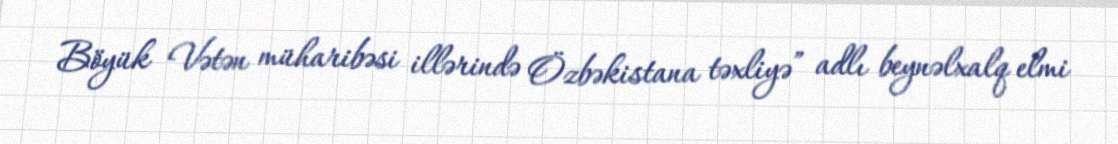
Böyük Vətən müharibəsi illərində Özbəkistana təxliyə” adlı beynəlxalq elmi